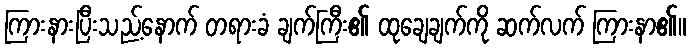
ကြားနားပြီးသည့်နောက် တရားခံ ချက်ကြီး၏ ထုချေချက်ကို ဆက်လက် ကြားနာ၏။